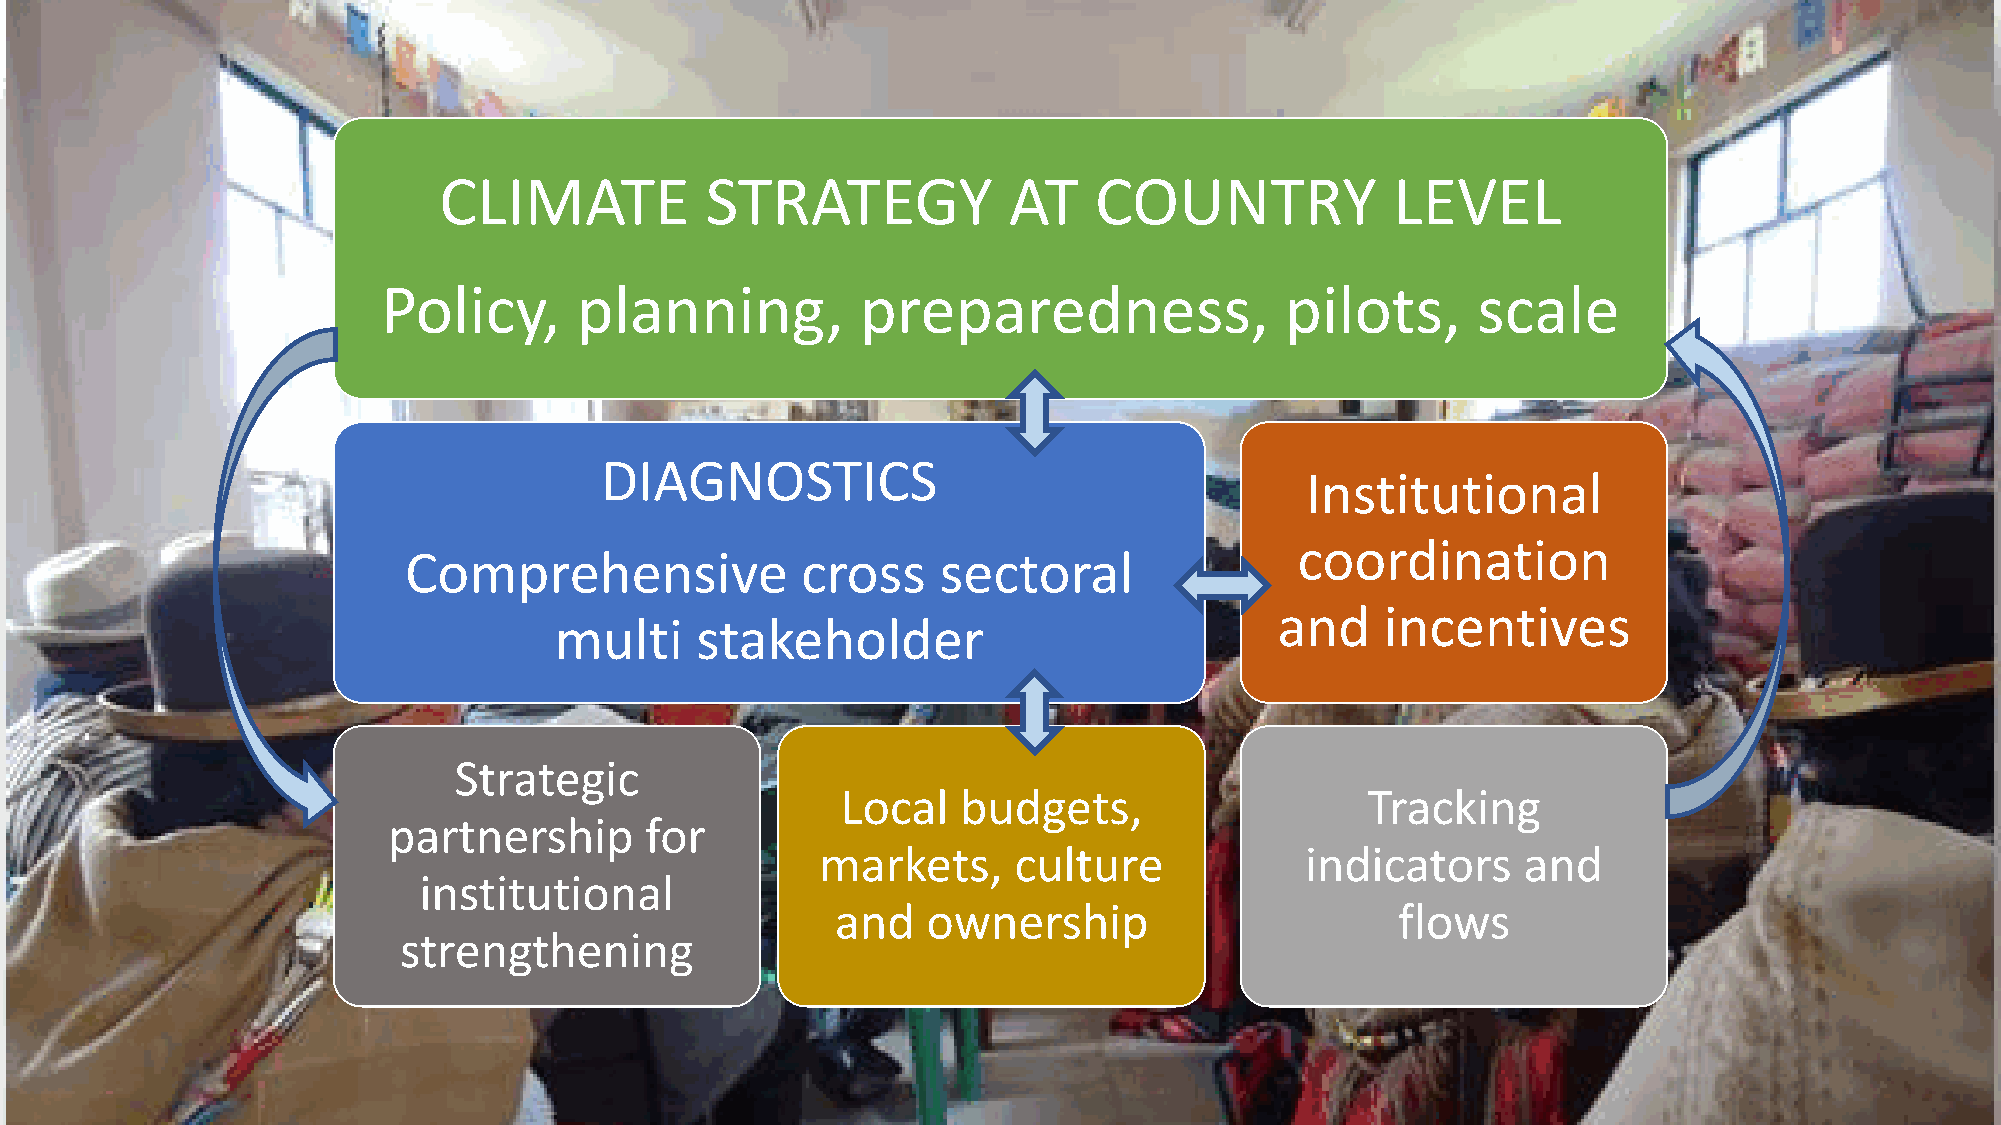
CLIMATE           STRATEGY            AT   COUNTRY             LEVEL
 Policy,      planning,          preparedness,               pilots,      scale
 DIAGNOSTICS
 Institutional
 coordination
 Comprehensive             cross    sectoral
 and    incentives
 multi    stakeholder
 Strategic
 Local   budgets,                  Tracking
 partnership      for
 markets,     culture            indicators     and
 institutional
 and   ownership                       flows
 strengthening